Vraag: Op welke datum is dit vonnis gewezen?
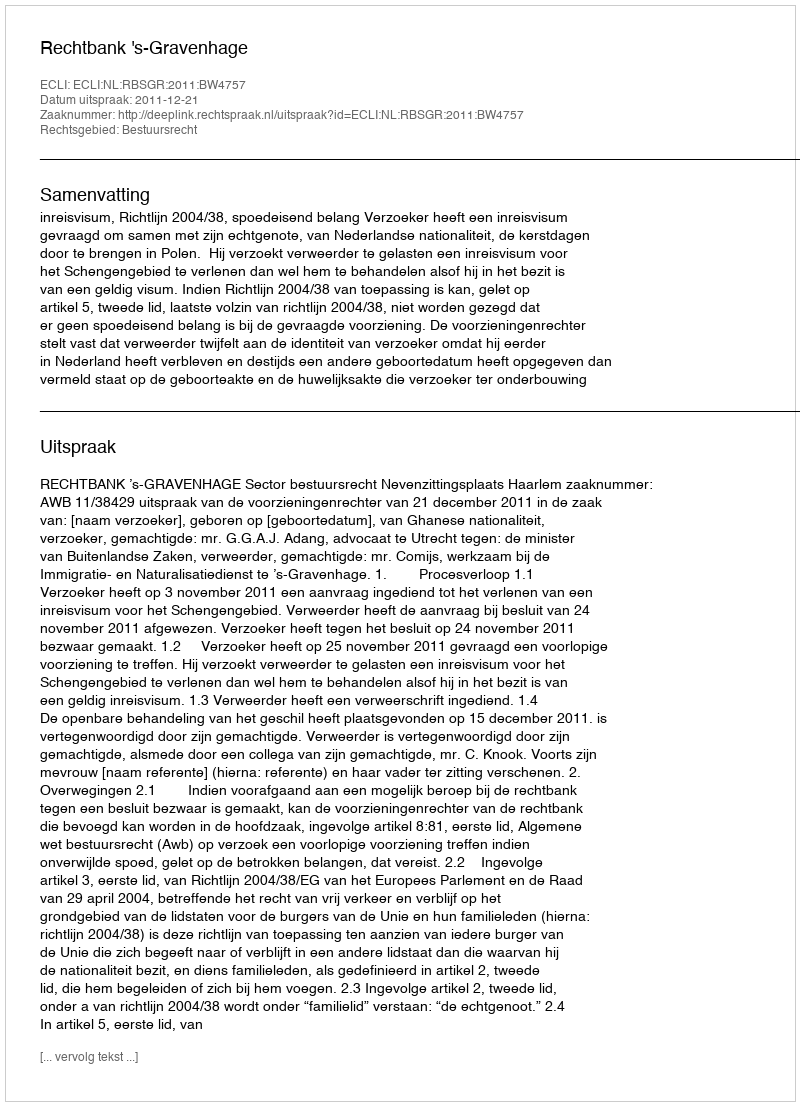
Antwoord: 2011-12-21